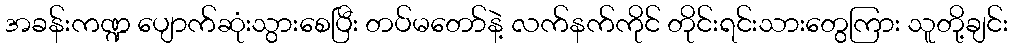
အခန်းကဏ္ဍ ပျောက်ဆုံးသွားစေပြီး တပ်မတော်နဲ့ လက်နက်ကိုင် တိုင်းရင်းသားတွေကြား သူတို့ချင်း